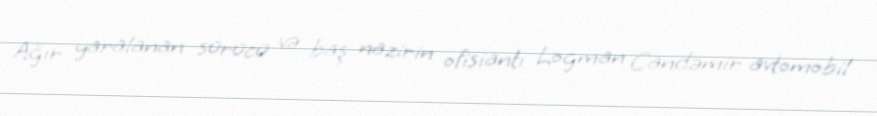
Ağır yaralanan sürücü və baş nazirin ofisiantı Logman Candəmir avtomobil